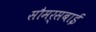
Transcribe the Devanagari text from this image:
सौमर्सबाई